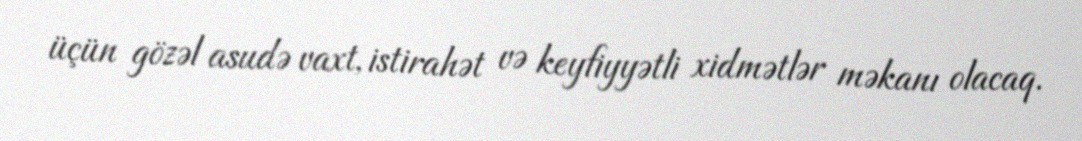
üçün gözəl asudə vaxt, istirahət və keyfiyyətli xidmətlər məkanı olacaq.